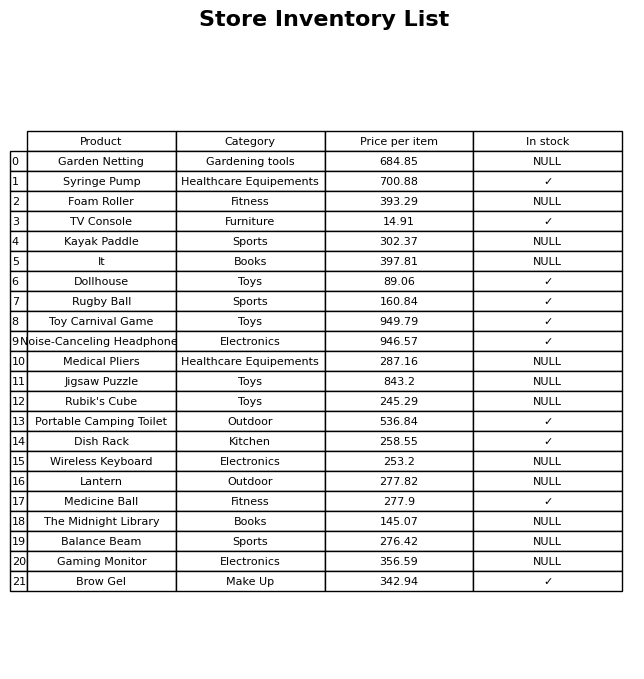
question: What is the price of the Brow Gel?
answer: The price of Brow Gel is 342.94.